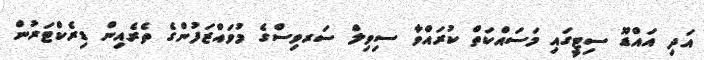
އަދި އައްޑޫ ސިޓީގައި މަސައްކަތް ކުރައްވާ ސިވިލް ސަރވިސްގެ މުވައްޒަފުންގެ ތެރެއިން ޑިރެކްޓަރުން